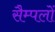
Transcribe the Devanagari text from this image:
सैम्पलों